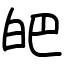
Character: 皅